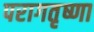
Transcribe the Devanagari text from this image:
परागतृष्णा